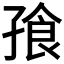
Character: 𪦿